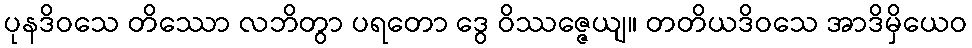
ပုနဒိဝသေ တိဿော လဘိတွာ ပရတော ဒွေ ဝိဿဇ္ဇေယျ။ တတိယဒိဝသေ အာဒိမှိယေဝ